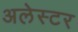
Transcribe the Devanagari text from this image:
अलेस्टर